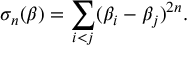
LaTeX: \sigma _ { n } ( \beta ) = \sum _ { i < j } ( \beta _ { i } - \beta _ { j } ) ^ { 2 n } .